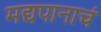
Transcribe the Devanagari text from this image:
मद्यपानाचं